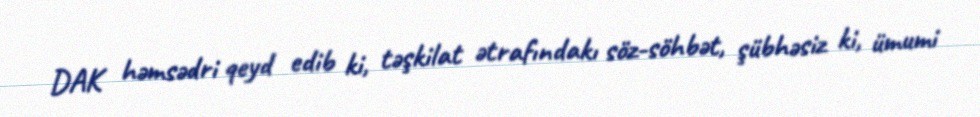
DAK həmsədri qeyd edib ki, təşkilat ətrafındakı söz-söhbət, şübhəsiz ki, ümumi